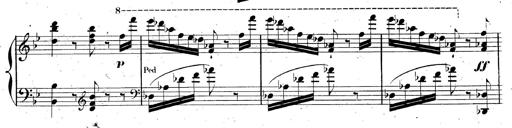
Title: AnnÃ©es de pÃ¨lerinage II, SupplÃ©ment
Composer: Franz Liszt